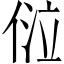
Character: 𠊔